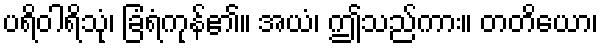
ပရိဝါရိသုံ၊ ခြံရံကုန်၏။ အယံ၊ ဤသည်ကား။ တတိယော၊